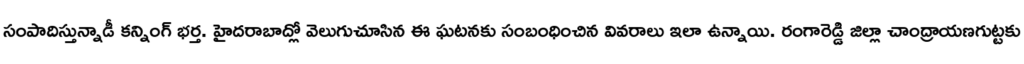
సంపాదిస్తున్నాడీ కన్నింగ్ భర్త. హైదరాబాద్లో వెలుగుచూసిన ఈ ఘటనకు సంబంధించిన వివరాలు ఇలా ఉన్నాయి. రంగారెడ్డి జిల్లా చాంద్రాయణగుట్టకు